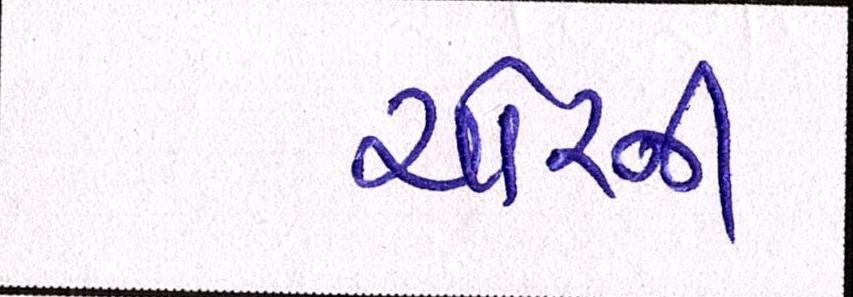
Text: ચોરની